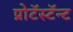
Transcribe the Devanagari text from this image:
प्रोटॅस्टॅन्ट